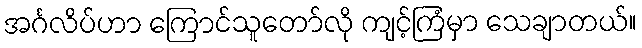
အင်္ဂလိပ်ဟာ ကြောင်သူတော်လို ကျင့်ကြံမှာ သေချာတယ်။